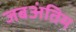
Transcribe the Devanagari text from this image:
जबअंतिम